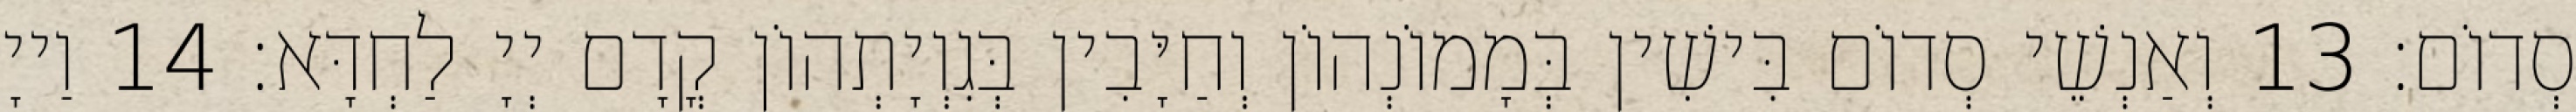
סְדוֹם׃ 13 וְאַנְשֵׁי סְדוֹם בִּישִׁין בְּמָמוֹנְהוֹן וְחַיָּבִין בְּגִוְיָתְהוֹן קֳדָם יְיָ לַחְדָּא׃ 14 וַייָ